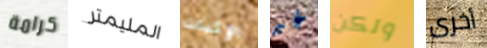
كرامة المليمتر الإثبات غير ولكن أخرى